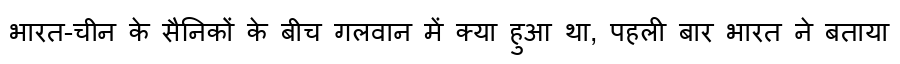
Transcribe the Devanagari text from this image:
भारत-चीन के सैनिकों के बीच गलवान में क्या हुआ था, पहली बार भारत ने बताया